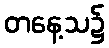
တနေ့သ၌